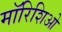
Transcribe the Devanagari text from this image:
मॉरिशिओ